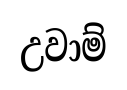
උවාම්